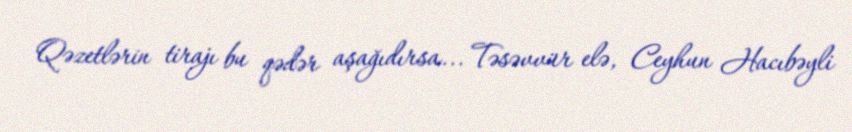
Qəzetlərin tirajı bu qədər aşağıdırsa... Təsəvvür elə, Ceyhun Hacıbəyli